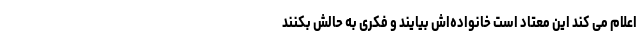
اعلام می کند این معتاد است خانواده‌اش بیایند و فکری به حالش بکنند